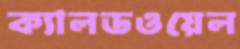
ক্যালডওয়েল